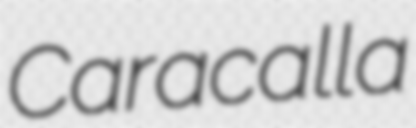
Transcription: Caracalla